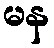
မန